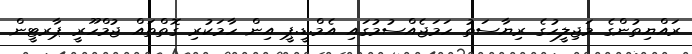
ރައްޔިތުންގެ މަޖިލީހުގެ ރިޔާސަތު ހަމަޖެއްސުމުގައި އެމް.ޑީ.ޕީ އިން ހާމަކުރި ގޮތްތައް ޖުމްހޫރީ ޕާރޓީން